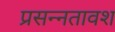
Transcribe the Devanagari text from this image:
प्रसन्नतावश